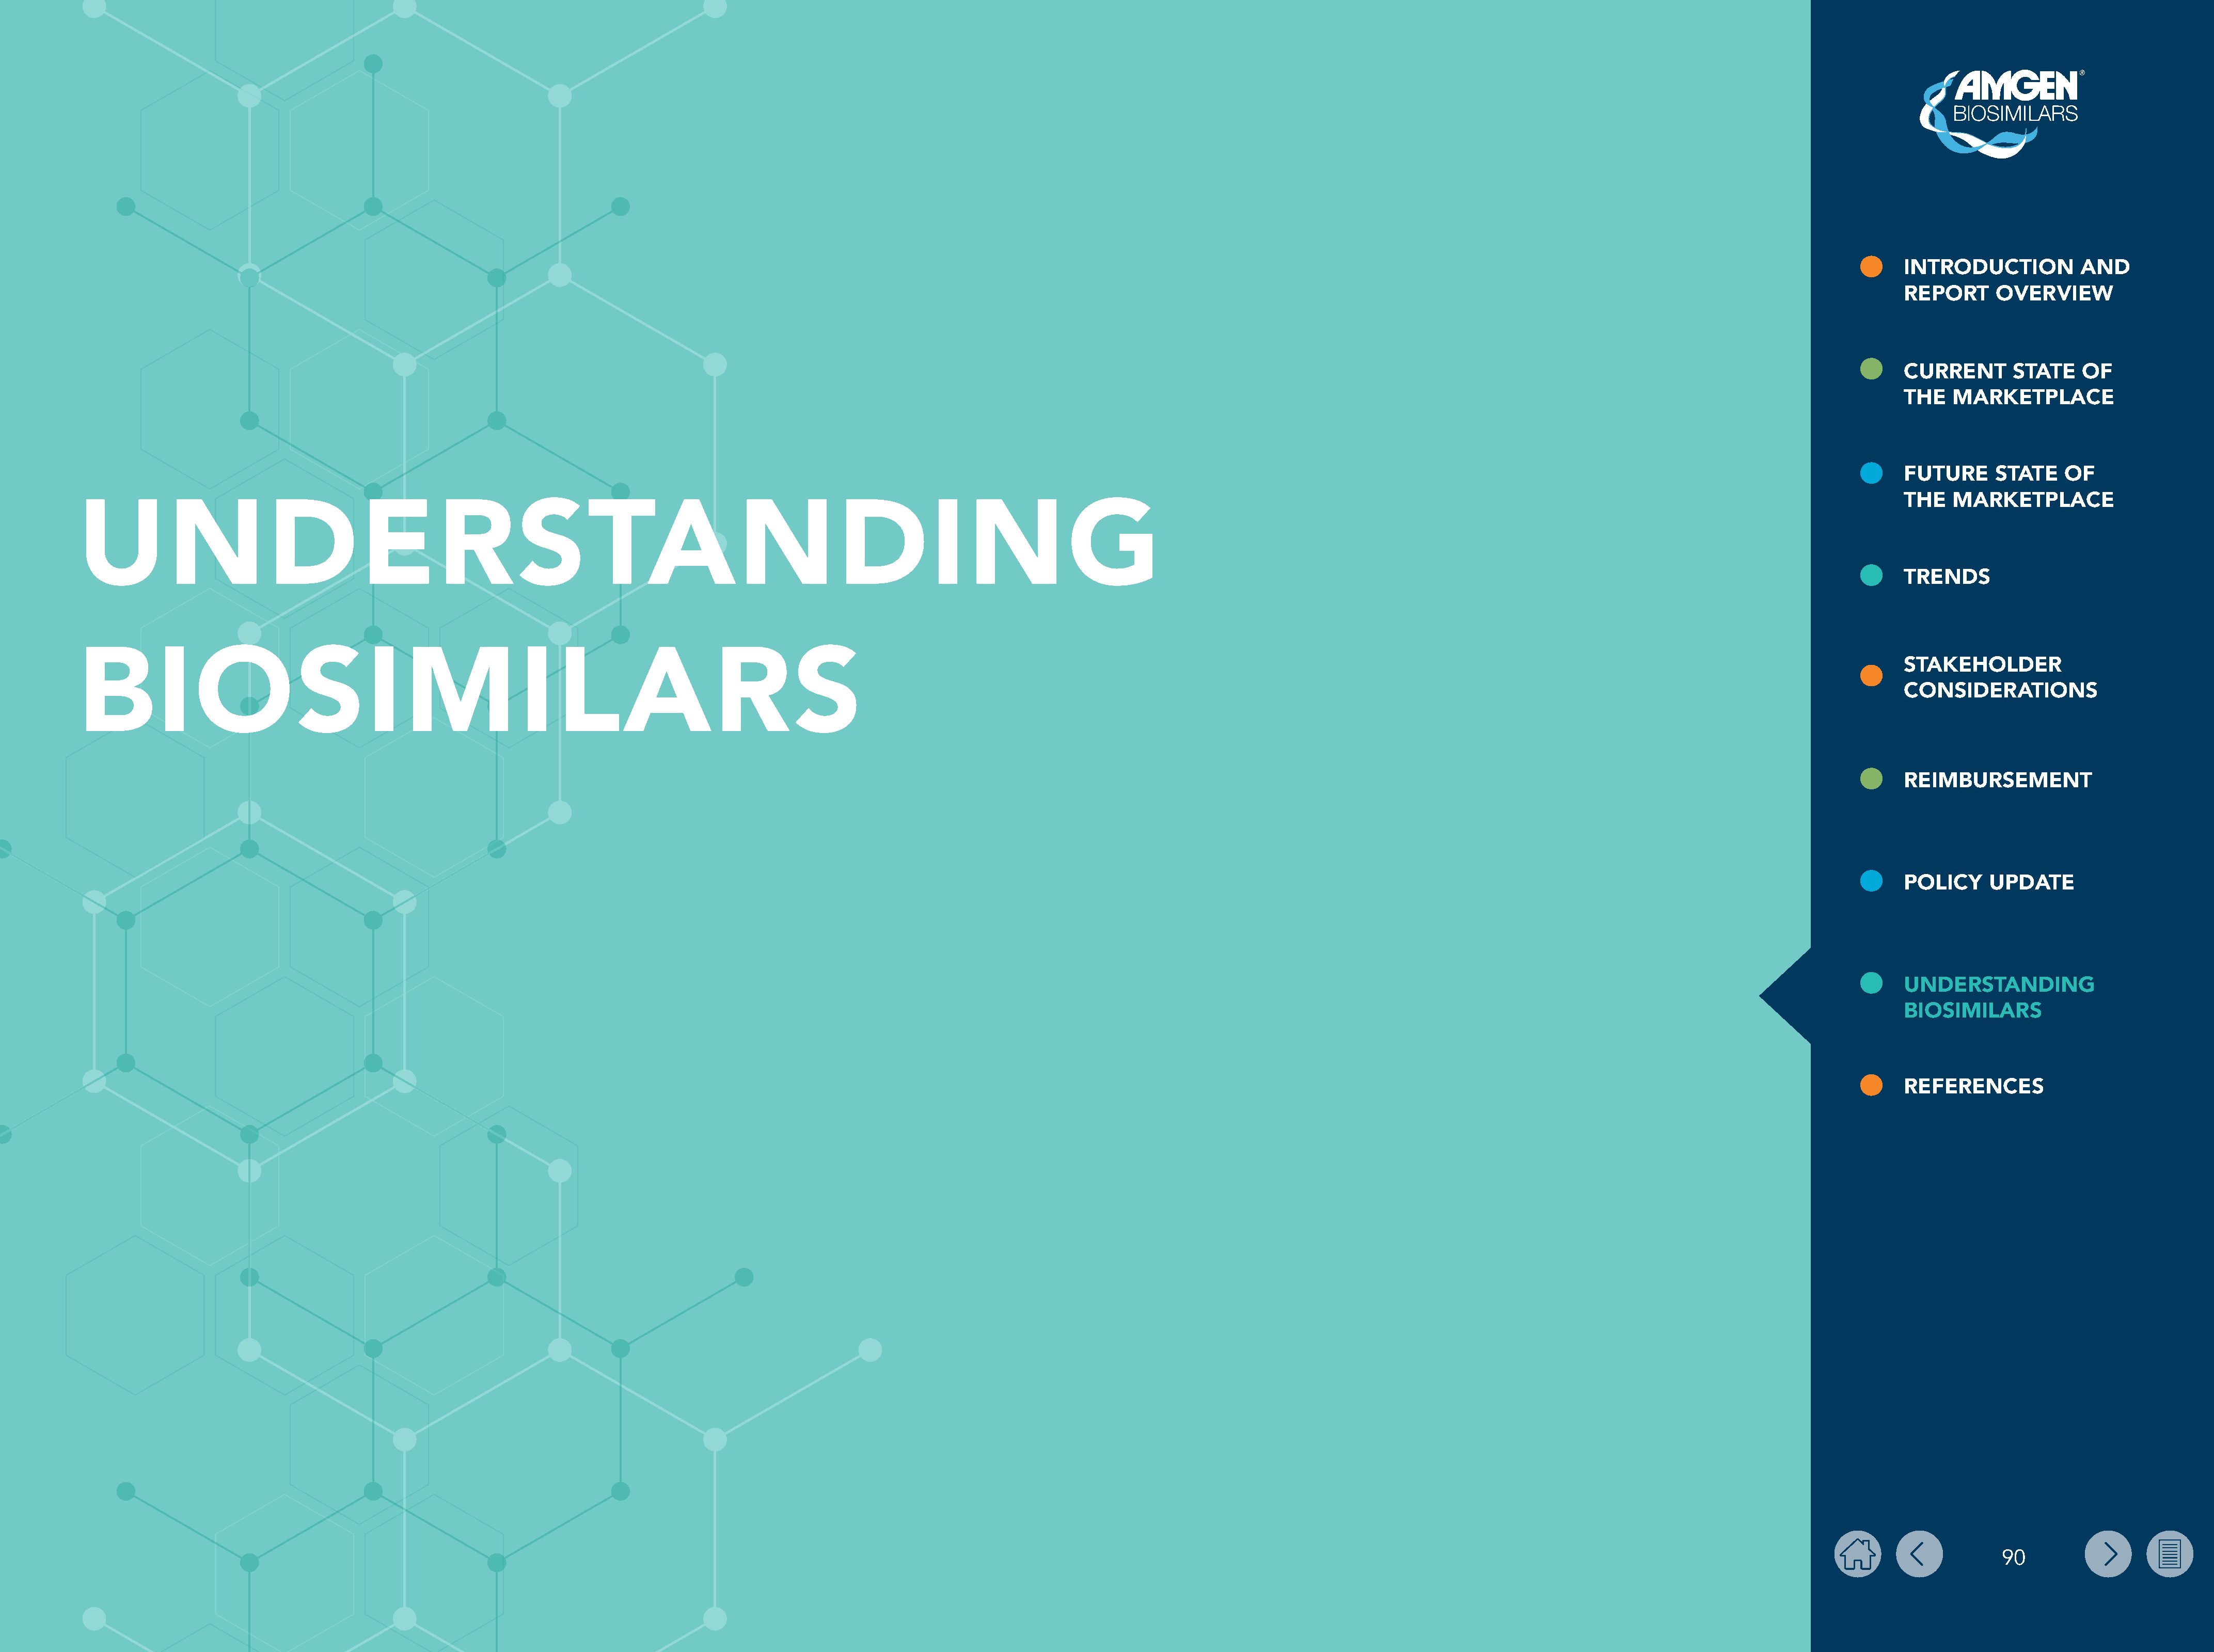
INTRODUCTION           AND
 REPORT      OVERVIEW
 CURRENT       STATE    OF
 THE   MARKETPLACE
 FUTURE      STATE    OF
 THE   MARKETPLACE
 UNDERSTANDING
 TRENDS
 STAKEHOLDER
 BIOSIMILARS
 CONSIDERATIONS
 REIMBURSEMENT
 POLICY     UPDATE
 UNDERSTANDING
 BIOSIMILARS
 REFERENCES
 90